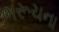
ભરૂચના